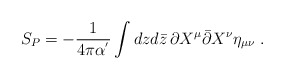
\begin{align*}S_{P}=-\frac{1}{4\pi \alpha^{'}}\int dzd\bar{z} \,\partial X^{\mu}\bar{\partial} X^{\nu} \eta_{\mu\nu}\;.\end{align*}